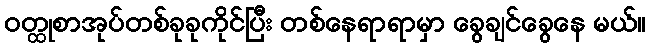
ဝတ္ထုစာအုပ်တစ်ခုခုကိုင်ပြီး တစ်နေရာရာမှာ ခွေချင်ခွေနေ မယ်။